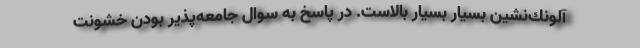
آلونك‌نشين بسيار بسيار بالاست. در پاسخ به سوال جامعه‌پذير بودن خشونت